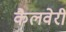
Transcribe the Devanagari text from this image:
कैलवेरी